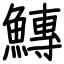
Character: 鱄